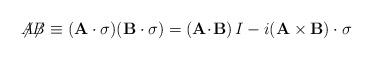
LaTeX: \begin{align*} {\not\!\! A}{\not\!\! B} \equiv ({\bf A \cdot \sigma})({\bf B \cdot \sigma}) = ({\bf A}\!\cdot\!{\bf B})\,I - i({\bf A \times B )\cdot \sigma}\end{align*}